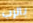
بالرب